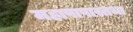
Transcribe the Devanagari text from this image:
महापापास्तथा